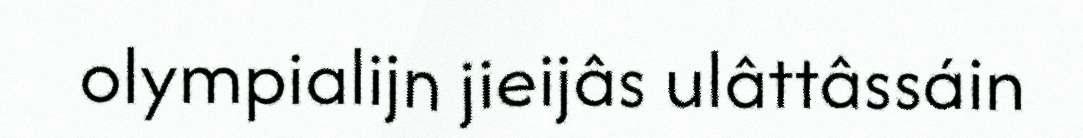
olympialijn jieijâs ulâttâssáin